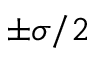
\pm \sigma / 2